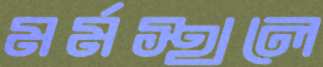
মর্মস্থলে